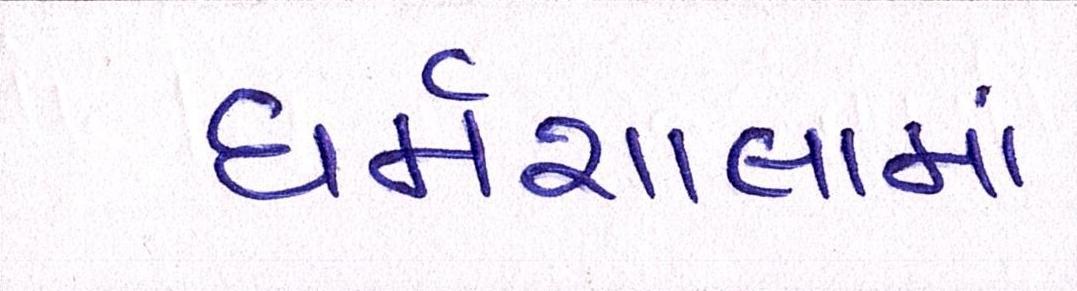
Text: ધર્મશાલામાં